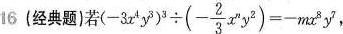
l6(经典题)若($$ (-3x^{4}y^{3})^{3} \div (- \frac{2}{3}x^{n}y^{2})=-mx^{8}y^{2}$$